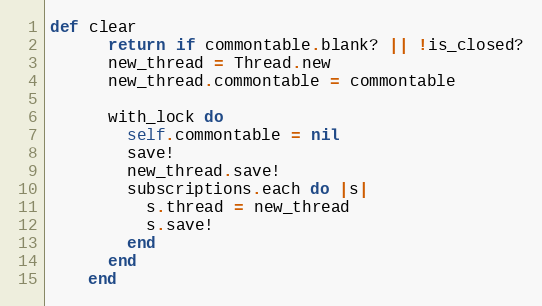
Language: Ruby
def clear
      return if commontable.blank? || !is_closed?
      new_thread = Thread.new
      new_thread.commontable = commontable

      with_lock do
        self.commontable = nil
        save!
        new_thread.save!
        subscriptions.each do |s|
          s.thread = new_thread
          s.save!
        end
      end
    end